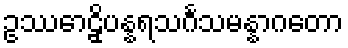
ဥဿောဠှိပန္နရသင်္ဂသမန္နာဂတော